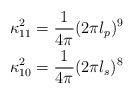
LaTeX: \begin{align*}\kappa_{11}^2&=\frac{1}{4\pi}(2\pi l_p)^9\\\kappa_{10}^2&=\frac{1}{4\pi}(2\pi l_s)^8\end{align*}